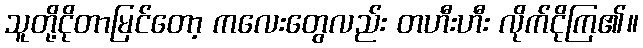
သူတို့ငိုတာမြင်တော့ ကလေးတွေလည်း တဟီးဟီး လိုက်ငိုကြ၏။